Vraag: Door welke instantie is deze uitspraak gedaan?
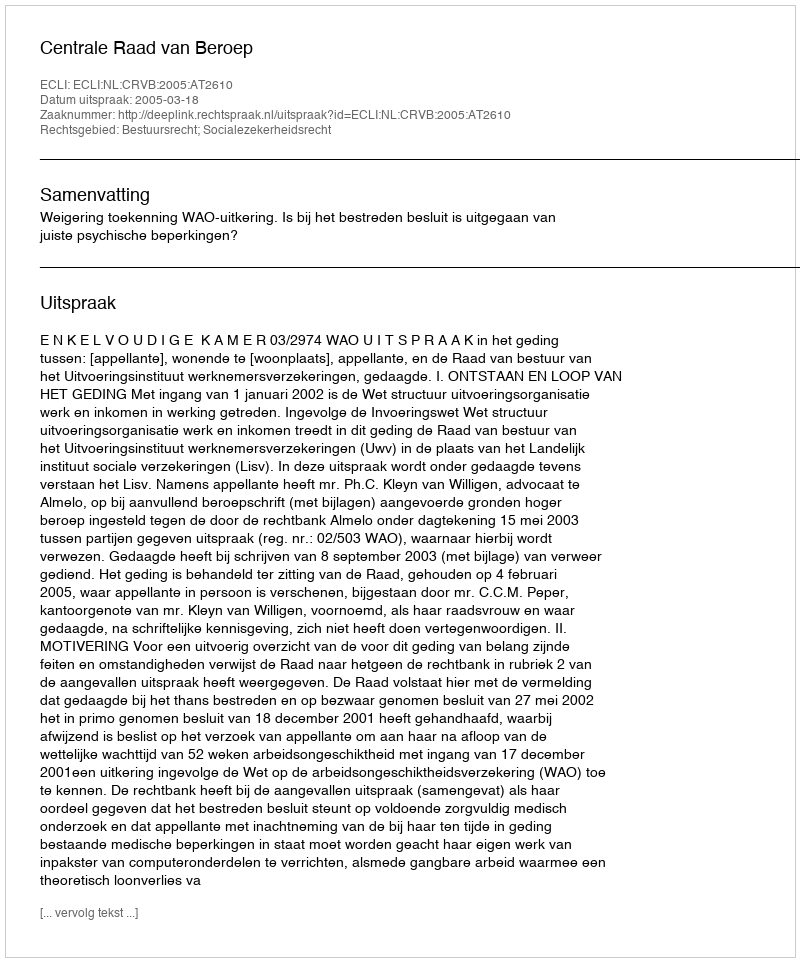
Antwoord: Centrale Raad van Beroep